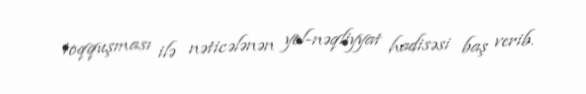
toqquşması ilə nəticələnən yol-nəqliyyat hadisəsi baş verib.